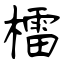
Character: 檑